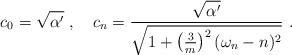
LaTeX: \begin{align*}c_0 = \sqrt{\alpha'}~,~~~c_n = \frac{\sqrt{\alpha'}}{\sqrt{1 + \left( \frac{3}{m} \right)^2 (\omega_n - n)^2 } }~.\end{align*}